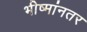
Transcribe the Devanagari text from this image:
भीष्मांनतर